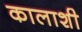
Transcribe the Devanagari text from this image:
कालाशी